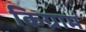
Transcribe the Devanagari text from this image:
किग्राम